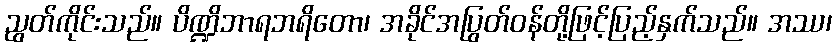
ညွတ်ကိုင်းသည်။ ပိဏ္ဍိဘာရဘရိတော၊ အခိုင်အပြွတ်ဝန်တို့ဖြင့်ပြည့်နှက်သည်။ အဿ၊